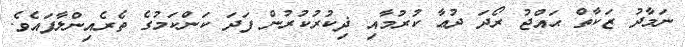
ނަމާދު ޒަކާތް ޙައްޖު ރޯދަ ދުޢާ ކުރުމާއި ޛިކުރުކުރުން ފަދަ ކަންކަމުގެ ތެރެއިންލާފައެވެ.